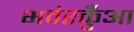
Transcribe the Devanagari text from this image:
भवंरकुँआ